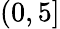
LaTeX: (0,5]